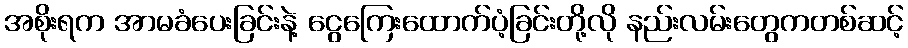
အစိုးရက အာမခံပေးခြင်းနဲ့ ငွေကြေးထောက်ပံ့ခြင်းတို့လို နည်းလမ်းတွေကတစ်ဆင့်